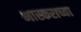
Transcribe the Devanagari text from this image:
भास्कराच्या